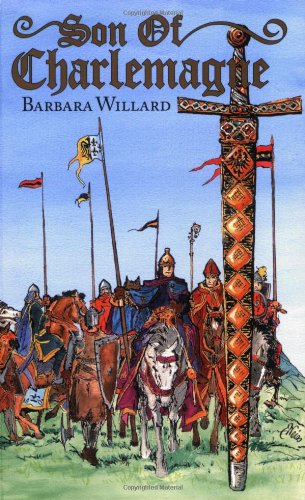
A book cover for Son of Charlemagne (Living History Library); Barbara Willard; Children's Books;